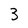
Character: 3